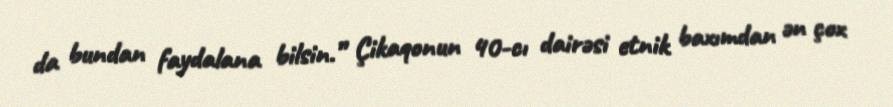
da bundan faydalana bilsin.” Çikaqonun 40-cı dairəsi etnik baxımdan ən çox